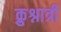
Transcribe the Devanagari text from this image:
क्रुश्नात्री